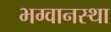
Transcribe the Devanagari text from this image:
भग्वानस्था